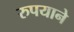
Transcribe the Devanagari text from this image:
रुपयाने